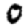
Digit: 0